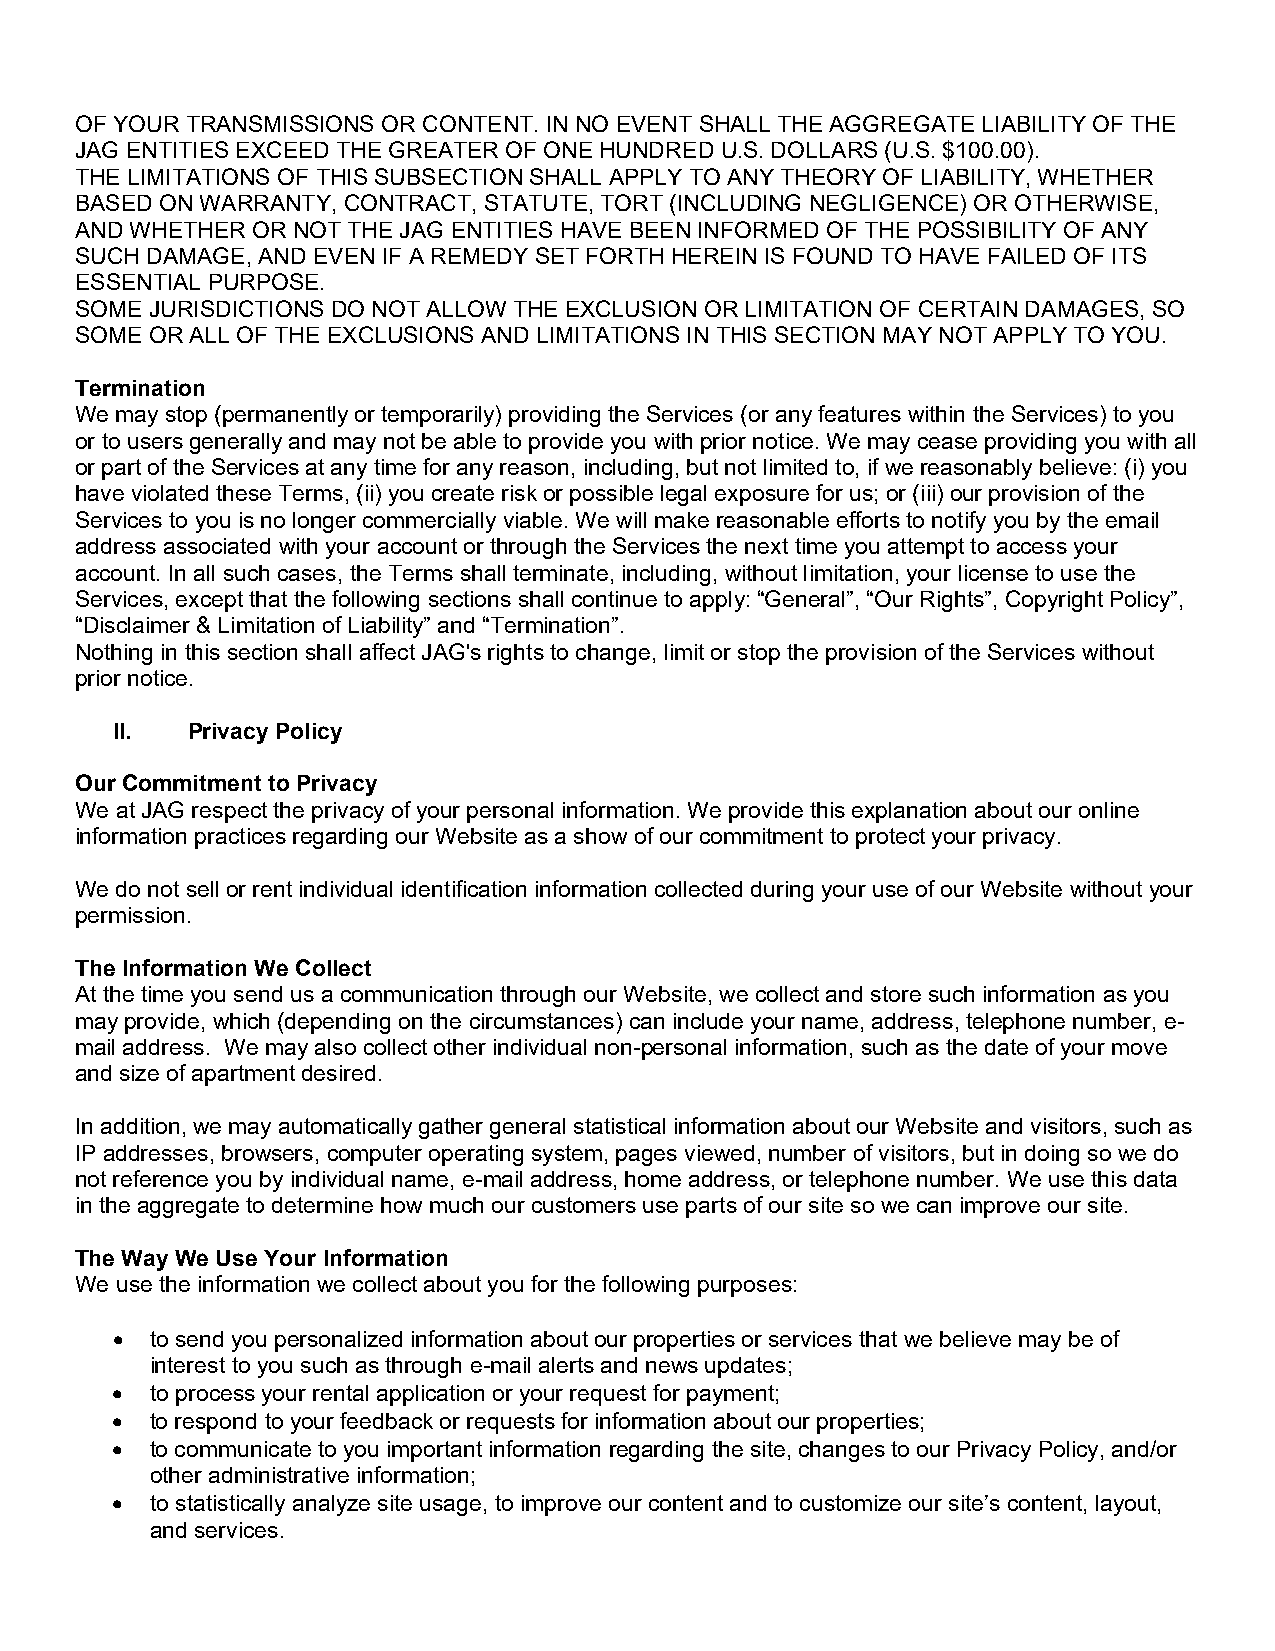
OF YOUR TRANSMISSIONS OR CONTENT. IN NO EVENT SHALL THE AGGREGATE LIABILITY OF THE
 JAG ENTITIES EXCEED THE GREATER OF ONE HUNDRED U.S. DOLLARS (U.S. $100.00).
 THE LIMITATIONS OF THIS SUBSECTION SHALL APPLY TO ANY THEORY OF LIABILITY, WHETHER
 BASED ON WARRANTY, CONTRACT, STATUTE, TORT (INCLUDING NEGLIGENCE) OR OTHERWISE,
 AND WHETHER OR NOT THE JAG ENTITIES HAVE BEEN INFORMED OF THE POSSIBILITY OF ANY
 SUCH DAMAGE, AND EVEN IF A REMEDY SET FORTH HEREIN IS FOUND TO HAVE FAILED OF ITS
 ESSENTIAL PURPOSE.
 SOME JURISDICTIONS DO NOT ALLOW THE EXCLUSION OR LIMITATION OF CERTAIN DAMAGES, SO
 SOME OR ALL OF THE EXCLUSIONS AND LIMITATIONS IN THIS SECTION MAY NOT APPLY TO YOU.
 Termination
 We may stop (permanently or temporarily) providing the Services (or any features within the Services) to you
 or to users generally and may not be able to provide you with prior notice. We may cease providing you with all
 or part of the Services at any time for any reason, including, but not limited to, if we reasonably believe: (i) you
 have violated these Terms, (ii) you create risk or possible legal exposure for us; or (iii) our provision of the
 Services to you is no longer commercially viable. We will make reasonable efforts to notify you by the email
 address associated with your account or through the Services the next time you attempt to access your
 account. In all such cases, the Terms shall terminate, including, without limitation, your license to use the
 Services, except that the following sections shall continue to apply: “General”, “Our Rights”, Copyright Policy”,
 “Disclaimer & Limitation of Liability” and “Termination”.
 Nothing in this section shall affect JAG's rights to change, limit or stop the provision of the Services without
 prior notice.
 II.  Privacy Policy
 Our Commitment to Privacy
 We at JAG respect the privacy of your personal information. We provide this explanation about our online
 information practices regarding our Website as a show of our commitment to protect your privacy.
 We do not sell or rent individual identification information collected during your use of our Website without your
 permission.
 The Information We Collect
 At the time you send us a communication through our Website, we collect and store such information as you
 may provide, which (depending on the circumstances) can include your name, address, telephone number, e-
 mail address. We may also collect other individual non-personal information, such as the date of your move
 and size of apartment desired.
 In addition, we may automatically gather general statistical information about our Website and visitors, such as
 IP addresses, browsers, computer operating system, pages viewed, number of visitors, but in doing so we do
 not reference you by individual name, e-mail address, home address, or telephone number. We use this data
 in the aggregate to determine how much our customers use parts of our site so we can improve our site.
 The Way We Use Your Information
 We use the information we collect about you for the following purposes:
 •  to send you personalized information about our properties or services that we believe may be of
 interest to you such as through e-mail alerts and news updates;
 •  to process your rental application or your request for payment;
 •  to respond to your feedback or requests for information about our properties;
 •  to communicate to you important information regarding the site, changes to our Privacy Policy, and/or
 other administrative information;
 •  to statistically analyze site usage, to improve our content and to customize our site’s content, layout,
 and services.